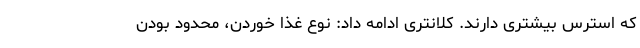
که استرس بیشتری دارند. کلانتری ادامه داد: نوع غذا خوردن، محدود بودن